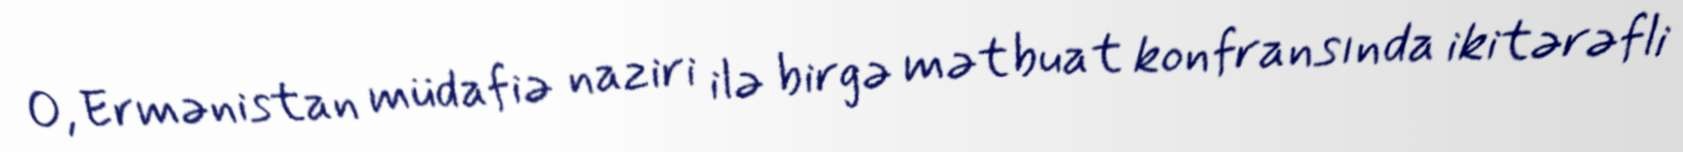
O, Ermənistan müdafiə naziri ilə birgə mətbuat konfransında ikitərəfli